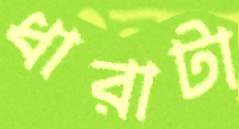
ধারাটা